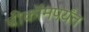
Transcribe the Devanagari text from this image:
बीकॉमपर्यंत